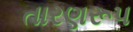
તારણરૂપ